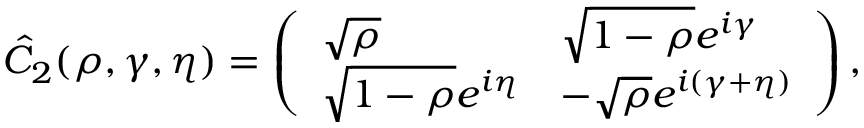
\hat { C } _ { 2 } ( \rho , \gamma , \eta ) = \left( \begin{array} { l l } { \sqrt { \rho } } & { \sqrt { 1 - \rho } e ^ { i \gamma } } \\ { \sqrt { 1 - \rho } e ^ { i \eta } } & { - \sqrt { \rho } e ^ { i ( \gamma + \eta ) } } \end{array} \right) ,